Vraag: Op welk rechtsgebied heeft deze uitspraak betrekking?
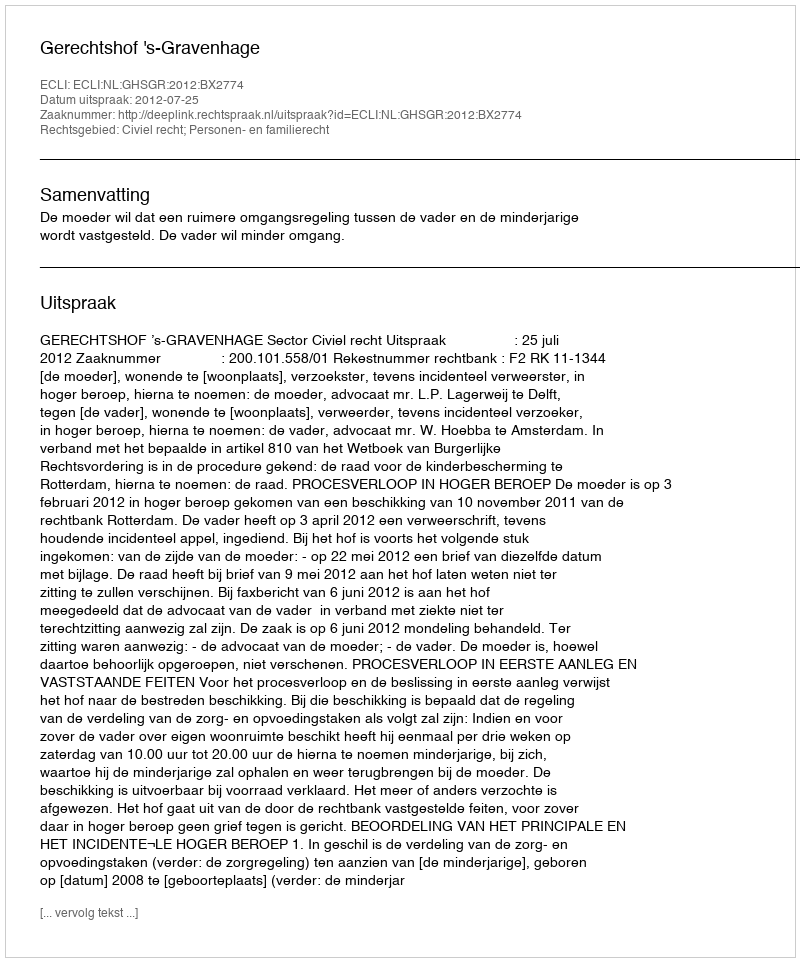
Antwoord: Civiel recht; Personen- en familierecht